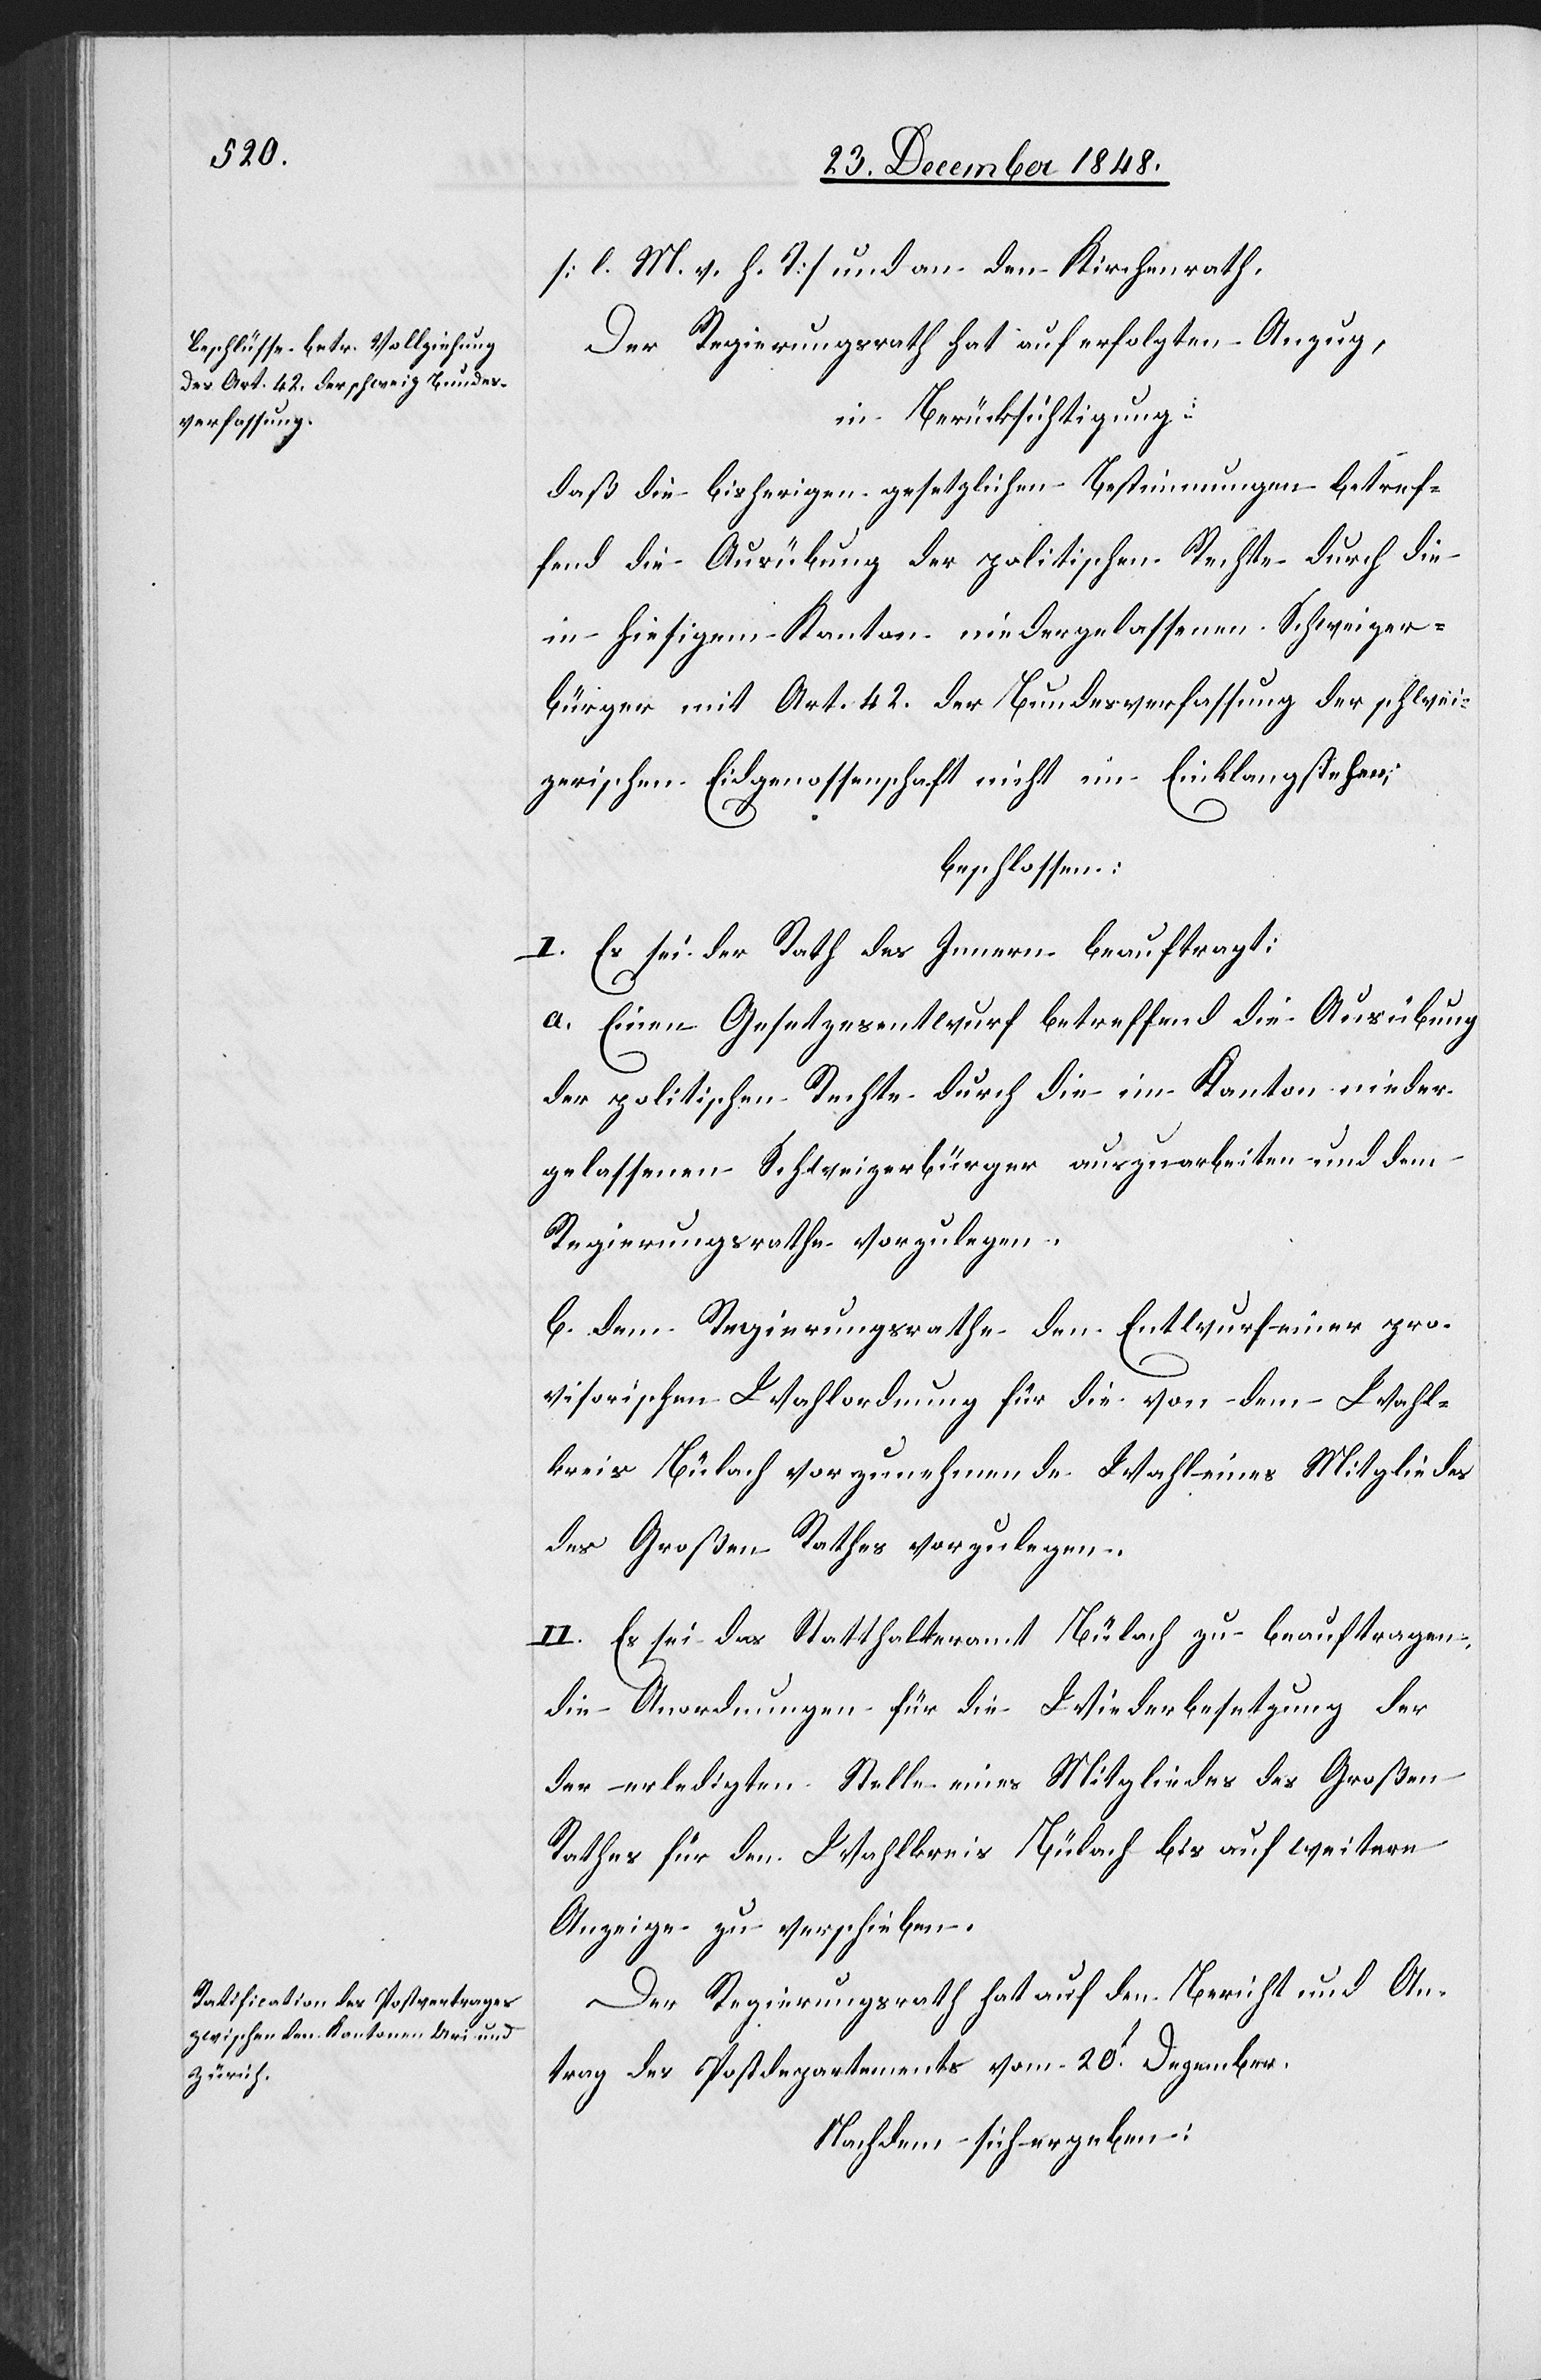
[l. M. v. h. T] und an den Kirchenrath.
Der Regierungsrath hat auf erfolgten Anzug,
in Berücksichtigung:
daß die bisherigen gesetzlichen Bestimmungen betref¬
fend die Ausübung der politischen Rechte durch die
in hiesigem Kanton niedergelassenen Schweizer¬
bürger mit Art. 42. der Bundesverfassung der schwei¬
zerischen Eidgenossenschaft nicht im Einklang stehen;
beschlossen:
I. Es sei der Rath des Innern beauftragt:
a. Einen Gesetzesentwurf betreffend die Ausübung
der politischen Rechte durch die im Kanton nieder¬
gelassenen Schweizerbürger auszuarbeiten und dem
Regierungsrathe vorzulegen.
b. dem Regierungsrathe den Entwurf einer pro¬
visorischen Wahlordnung für die von dem Wahl¬
kreis Bülach vorzunehmende Wahl eines Mitgliedes
des Großen Rathes vorzulegen.
II. Es sei das Statthalteramt Bülach zu beauftragen
die Anordnungen für die Wiederbesetzung der
erledigten Stelle eines Mitgliedes des Großen
Rathes für den Wahlkreis Bülach bis auf weitere
Anzeige zu verschieben.
Der Regierungsrath hat auf den Bericht und An¬
trag des Postdepartements vom 20t Dezember.
Nachdem sich ergeben: